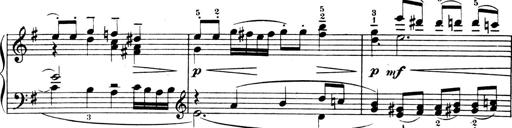
Title: 4 Sonatines
Composer: Max Reger